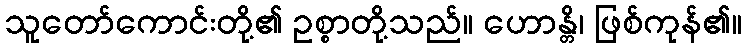
သူတော်ကောင်းတို့၏ ဥစ္စာတို့သည်။ ဟောန္တိ၊ ဖြစ်ကုန်၏။